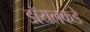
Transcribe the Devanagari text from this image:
डॉयलकडे